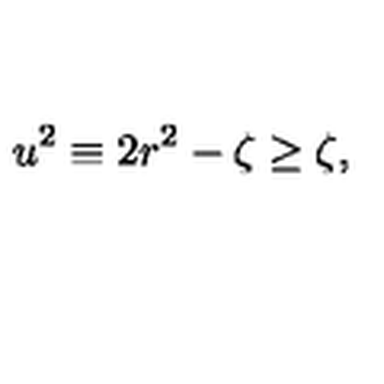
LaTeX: u ^ { 2 } \equiv 2 r ^ { 2 } - \zeta \geq \zeta ,